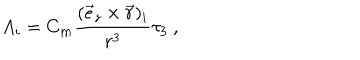
A _ { i } = C _ { \mathrm { \bf m } } \frac { ( \vec { e } _ { z } \times \vec { r } ) _ { i } } { r ^ { 3 } } \tau _ { 3 } \ ,